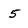
Character: 5